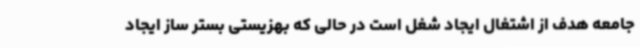
جامعه هدف از اشتغال ایجاد شغل است در حالی که بهزیستی بستر ساز ایجاد